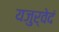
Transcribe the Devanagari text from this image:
यजुर्वेदं